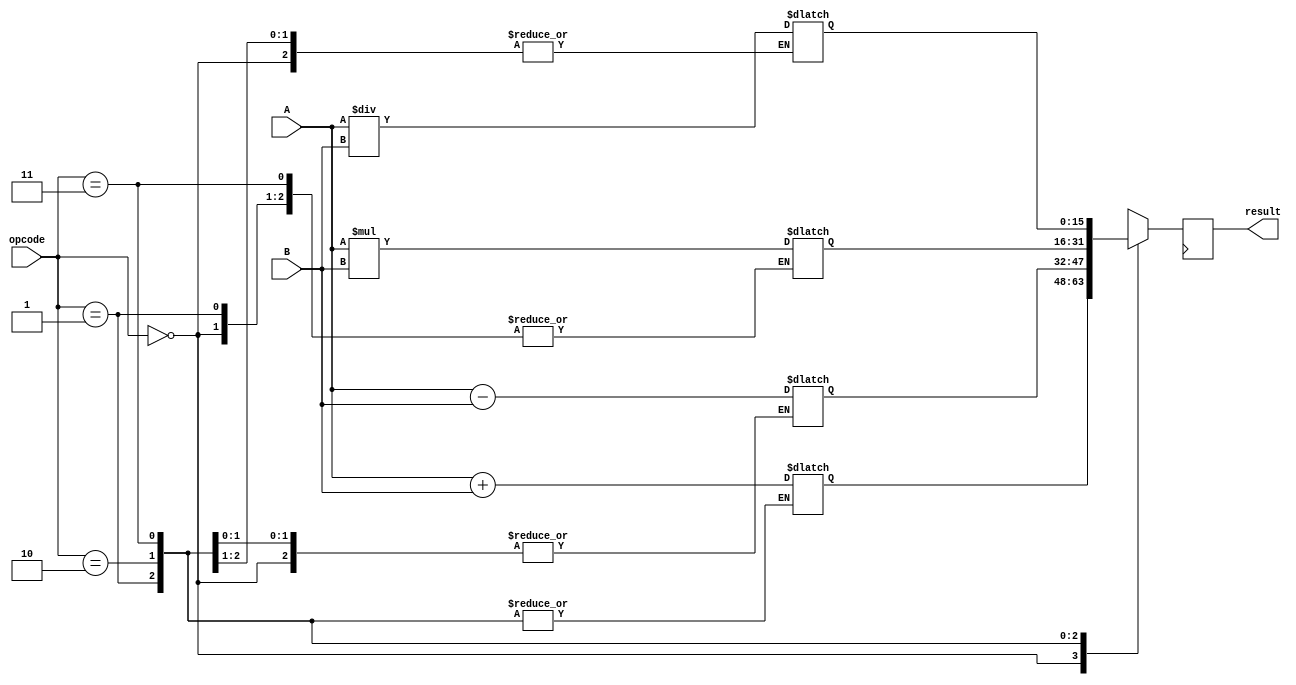
module half_precision_fpu (
    input [15:0] A,
    input [15:0] B,
    input [1:0] opcode, // 00: add, 01: subtract, 10: multiply, 11: divide
    output reg [15:0] result
);

reg [15:0] add_result, sub_result, mul_result, div_result;

always @(*) begin
    case(opcode)
        2'b00: add_result = A + B;
        2'b01: sub_result = A - B;
        2'b10: mul_result = A * B;
        2'b11: div_result = A / B;
    endcase
end

always @(posedge clk) begin
    case(opcode)
        2'b00: result <= add_result;
        2'b01: result <= sub_result;
        2'b10: result <= mul_result;
        2'b11: result <= div_result;
    endcase
end

endmodule